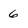
Character: 6